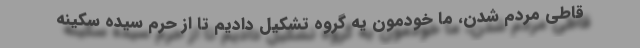
قاطی مردم شدن، ما خودمون یه گروه تشکیل دادیم تا از حرم سیده سکینه